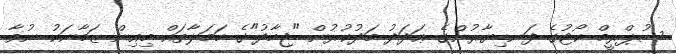
ސުޕްރީމް ކޯޓުގެ ފަނޑިޔާރުންގެ ޢަދަދު މަދުކުރުން "ޖިހާދު"ގެ ހަމަލާތައް މިއިން ޒަމާނަކު ނުވާ